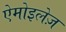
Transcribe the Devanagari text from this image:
ऐमोइलेज़